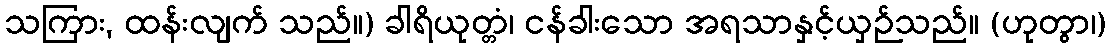
သကြား, ထန်းလျက် သည်။) ခါရိယုတ္တံ၊ ငန်ခါးသော အရသာနှင့်ယှဉ်သည်။ (ဟုတွာ၊)